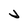
Character: V